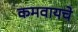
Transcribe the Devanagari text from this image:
कमवायचे